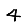
Digit: 4